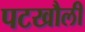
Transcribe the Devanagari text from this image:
पटखौली